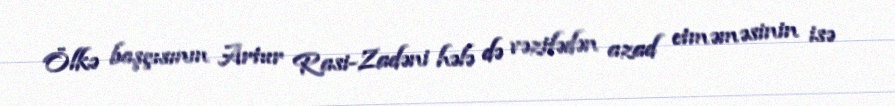
Ölkə başçısının Artur Rasi-Zadəni hələ də vəzifədən azad etməməsinin isə